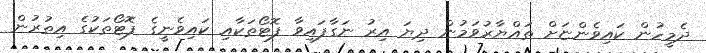
ދެމީހުން ކައިވެންޏަށް ތައްޔާރުވަމުން ދިޔަ އިރު ނަގާފައިވާ ފޮޓޯތަކާއި ކައިވެނީގެ ފޮޓޯތަކުގެ އިތުރުން